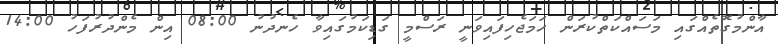
އާންމުގޮތެއްގައި މަސައްކަތްކުރަން ހަމަޖެހިފައިވަނީ ރަސްމީ ގަޑިކަމުގައިވާ ހެނދުނު 08:00 އިން މެންދުރުފަހު 14:00